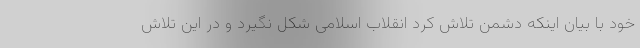
خود با بیان اینکه دشمن تلاش کرد انقلاب اسلامی شکل نگیرد و در این تلاش